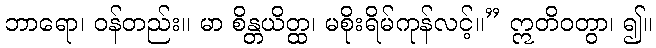
ဘာရော၊ ဝန်တည်း။ မာ စိန္တယိတ္ထ၊ မစိုးရိမ်ကုန်လင့်။” ဣတိဝတွာ၊ ၍။